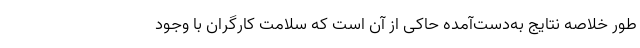
طور خلاصه نتایج به‌دست‌آمده حاکی از آن است که سلامت کارگران با وجود